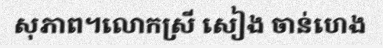
សុភាព។លោកស្រី សៀង ចាន់ហេង